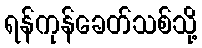
ရန်ကုန်ခေတ်သစ်သို့